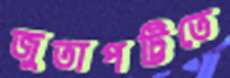
জুতাপট্টিতে